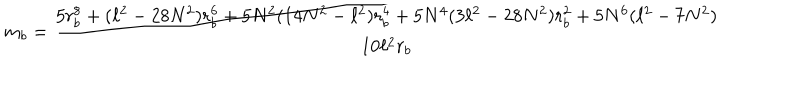
LaTeX: m _ { b } = \frac { 5 r _ { b } ^ { 8 } + ( \ell ^ { 2 } - 2 8 N ^ { 2 } ) r _ { b } ^ { 6 } + 5 N ^ { 2 } ( 1 4 N ^ { 2 } - \ell ^ { 2 } ) r _ { b } ^ { 4 } + 5 N ^ { 4 } ( 3 \ell ^ { 2 } - 2 8 N ^ { 2 } ) r _ { b } ^ { 2 } + 5 N ^ { 6 } ( \ell ^ { 2 } - 7 N ^ { 2 } ) } { 1 0 \ell ^ { 2 } r _ { b } }